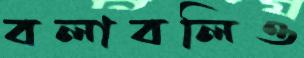
বলাবলিও